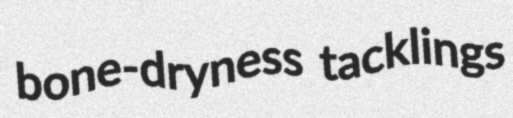
bone-dryness tacklings